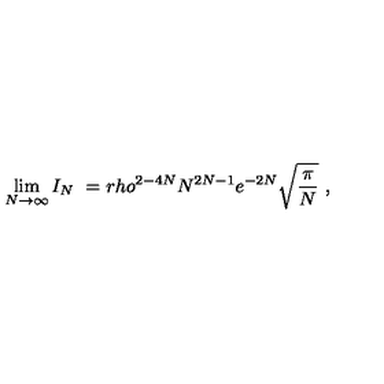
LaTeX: \lim _ { N \rightarrow \infty } I _ { N } \ = r h o ^ { 2 - 4 N } N ^ { 2 N - 1 } e ^ { - 2 N } \sqrt { \frac { \pi } { N } } \ ,